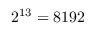
2 ^ { 1 3 } = 8 1 9 2